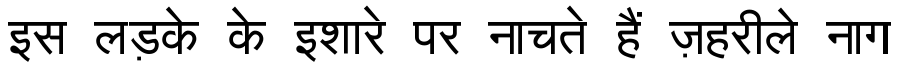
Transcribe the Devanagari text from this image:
इस लड़के के इशारे पर नाचते हैं ज़हरीले नाग